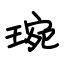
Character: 琬